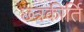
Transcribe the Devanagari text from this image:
छत्रकीर्ति